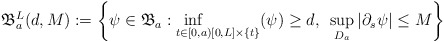
\begin{align*}\mathfrak{B}_{a}^{L}(d,M):=\left\{ \psi \in\mathfrak{B}_{a} : \underset{t\in[0,a)}\inf \underset{[0,L]\times\{t\}}{} (\psi)\geq d, ~\sup_{D_a} |\partial_s \psi|\leq M \right\} \end{align*}